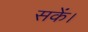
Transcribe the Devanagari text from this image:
सकेंं।